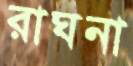
রাঘনা